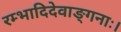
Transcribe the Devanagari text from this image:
रम्भादिदेवाङ्गनाः।